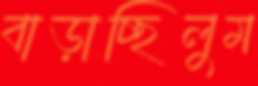
বাড়াচ্ছিলুম